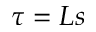
\tau = L s